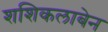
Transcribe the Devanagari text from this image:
शशिकलाबेन